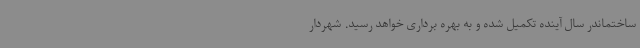
ساختماندر سال آینده تکمیل شده و به بهره برداری خواهد رسید. شهردار